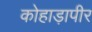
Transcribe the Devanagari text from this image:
कोहाड़ापीर